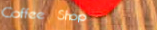
Coffee Shop